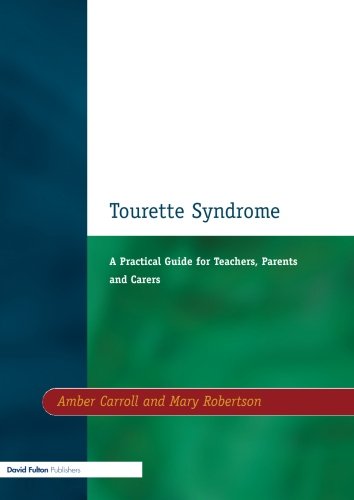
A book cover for Tourette Syndrome: A Practical Guide for Teachers, Parents and Carers (Resource Materials for Teachers); Amber Carroll; Health, Fitness & Dieting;